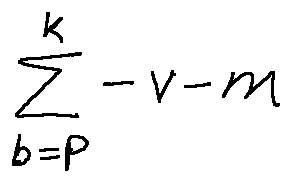
\sum \limits _ { b = P } ^ { k } - v - m